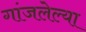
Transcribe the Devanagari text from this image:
गांजलेल्या